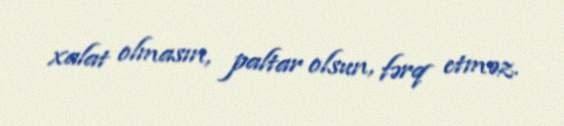
xalat olmasın, paltar olsun, fərq etməz.